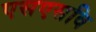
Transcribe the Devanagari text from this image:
एसएसवि